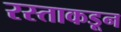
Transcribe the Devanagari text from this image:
रस्ताकडून